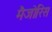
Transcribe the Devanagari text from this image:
मैजोरिस